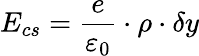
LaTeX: E_{cs}=\frac{e}{\varepsilon_{0}}\cdot\rho\cdot\delta y